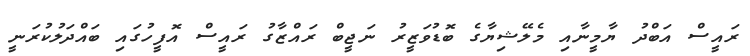
ރައީސް އަބްދު ޔާމީނާއި މެލޭޝިޔާގެ ބޮޑުވަޒީރު ނަޖީބް ރައްޒާގު ރައީސް އޮފީހުގައި ބައްދަލުކުރަނީ